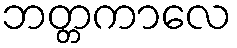
ဘတ္တကာလေ